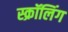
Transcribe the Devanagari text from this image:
स्क्रॉलिंग